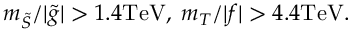
m _ { \tilde { S } } / | \tilde { g } | > 1 . 4 \mathrm { T e V } , \; m _ { T } / | f | > 4 . 4 \mathrm { T e V } .